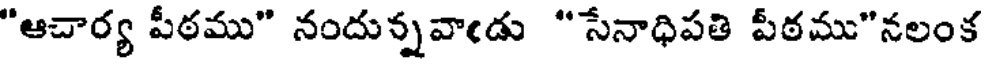
"ఆచార్య పీఠము" నందున్నవాఁడు "సేనాధిపతి పీఠము"నలంక